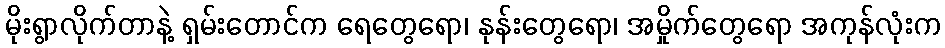
မိုးရွာလိုက်တာနဲ့ ရှမ်းတောင်က ရေတွေရော၊ နုန်းတွေရော၊ အမှိုက်တွေရော အကုန်လုံးက